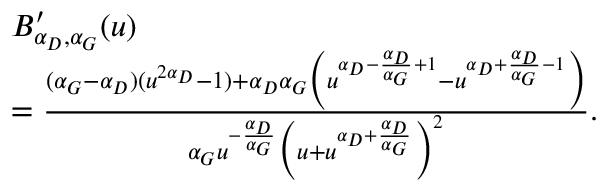
\begin{array} { r l } & { B _ { \alpha _ { D } , \alpha _ { G } } ^ { \prime } ( u ) } \\ & { = \frac { ( \alpha _ { G } - \alpha _ { D } ) ( u ^ { 2 \alpha _ { D } } - 1 ) + \alpha _ { D } \alpha _ { G } \Big ( u ^ { \alpha _ { D } - \frac { \alpha _ { D } } { \alpha _ { G } } + 1 } - u ^ { \alpha _ { D } + \frac { \alpha _ { D } } { \alpha _ { G } } - 1 } \Big ) } { \alpha _ { G } u ^ { - \frac { \alpha _ { D } } { \alpha _ { G } } } \Big ( u + u ^ { \alpha _ { D } + \frac { \alpha _ { D } } { \alpha _ { G } } } \Big ) ^ { 2 } } . } \end{array}